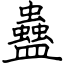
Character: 蠱